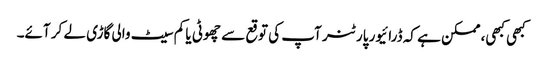
کبھی کبھی، ممکن ہے کہ ڈرائیور پارٹنر آپ کی توقع سے چھوٹی یا کم سیٹ والی گاڑی لے کر آئے۔